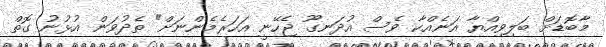
މާބޮޑަށް ބަލިވިއްޔާ އަނެއްކާ ވެސް އުދަނގޫ ޖެހޭނީ އަހަރެމެންނަށް" ތެދުވަން އުޅުނު ގޮތް